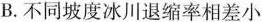
B.不同坡度冰川退缩率相差小